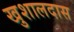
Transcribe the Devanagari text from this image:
खुशालदास